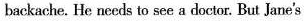
backache. He needs to see a doctor. But Jane's